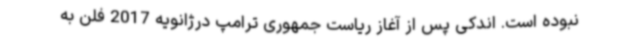
نبوده است. اندکی پس از آغاز ریاست جمهوری ترامپ درژانویه 2017 فلن به